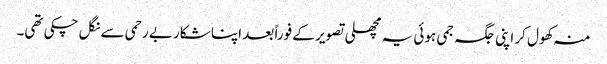
منہ کھول کر اپنی جگہ جمی ہوئی یہ مچھلی تصویر کے فوراً بعد اپنا شکار بے رحمی سے نگل چکی تھی۔